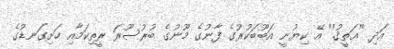
އަދި ''ޢަތީޤު'' އޭ ކިޔުނީ އަބޫބަކުރުގެ ފާނުގެ މޫނުގެ ބުރުސޫރަ ރީތިކަމާއި ހަށިގަނޑުގެ